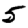
Digit: 5